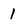
Character: 1